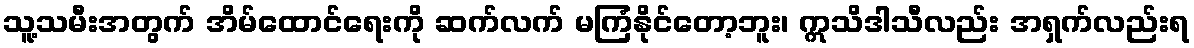
သူ့သမီးအတွက် အိမ်ထောင်ရေးကို ဆက်လက် မကြံနိုင်တော့ဘူး၊ ဣသိဒါသီလည်း အရှက်လည်းရ